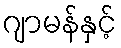
ဂျာမန်နှင့်